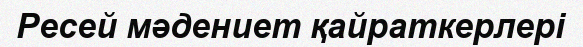
Ресей мәдениет қайраткерлері